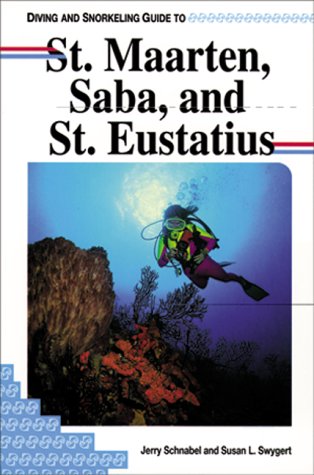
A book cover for Diving and Snorkeling Guide to St. Maarten, Saba, and St. Eustatius (Pisces Diving & Snorkeling Guides); Jerry Schnabel; Travel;